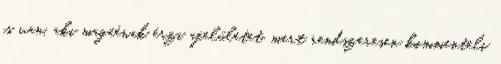
is van, aki magáénak érzi afelületet, mert rendszeresen kommenteli